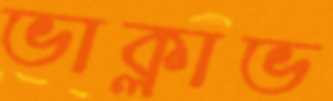
ভাক্লাভ